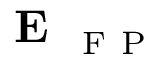
\textbf { E } _ { \mathrm { ~ F ~ P ~ } }